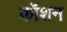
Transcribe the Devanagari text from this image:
कॉशन